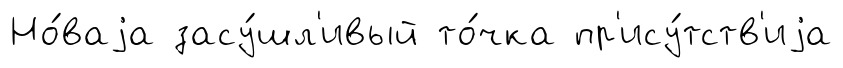
Но́ваjа засу́шл'ивый то́чка пр'ису́тств'иjа